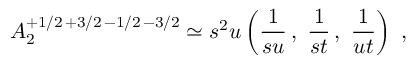
A _ { 2 } ^ { + 1 / 2 \, + 3 / 2 \, - 1 / 2 \, - 3 / 2 } \simeq s ^ { 2 } u \left( \frac { 1 } { s u } \, , \ \frac { 1 } { s t } \, , \ \frac { 1 } { u t } \right) \ ,